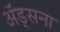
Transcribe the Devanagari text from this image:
अॅड्सना